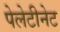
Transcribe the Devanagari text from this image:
पेलेटीनेट